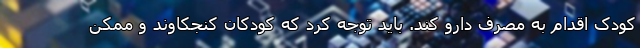
کودک اقدام به مصرف دارو کند. باید توجه کرد که کودکان کنجکاوند و ممکن